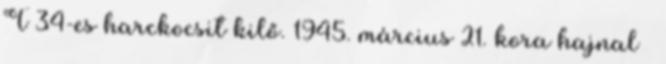
T–34-es harckocsit kilő. 1945. március 21. kora hajnal –